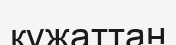
құжаттан